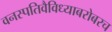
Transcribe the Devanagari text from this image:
वनस्पतिवैविध्याबरोबरच